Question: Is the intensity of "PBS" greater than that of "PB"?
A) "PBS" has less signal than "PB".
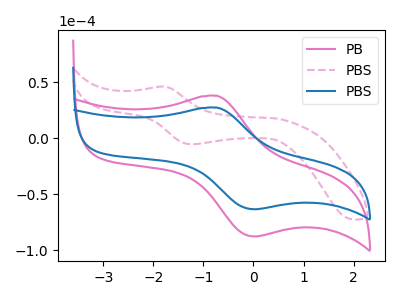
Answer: <think>The pink curve "PB" has an anodic peak at (-0.75V, 38.10uA) and a cathodic peak at (0.05V, -87.50uA). The pink dashed curve "PBS" has an anodic peak at (-1.80V, 46.25uA) and a cathodic peak at (-1.25V, -5.15uA). The blue curve "PBS" has an anodic peak at (-0.75V, 27.55uA) and a cathodic peak at (0.05V, -63.20uA).
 All the peaks in "PBS" have a peak in "PB" at the same potential. Every peak in "PBS" is lower than every peak in "PB".</think>
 <answer>A) "PBS" has less signal than "PB".</answer>
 <eval>A</eval>